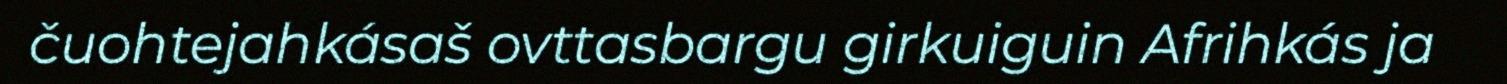
čuohtejahkásaš ovttasbargu girkuiguin Afrihkás ja